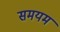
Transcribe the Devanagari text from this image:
समयम